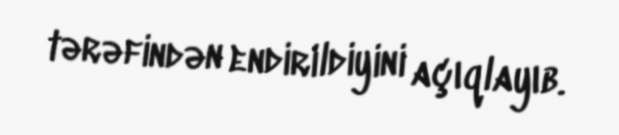
tərəfindən endirildiyini açıqlayıb.